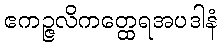
ဧကဉ္ဇလိကတ္ထေရအပဒါနံ